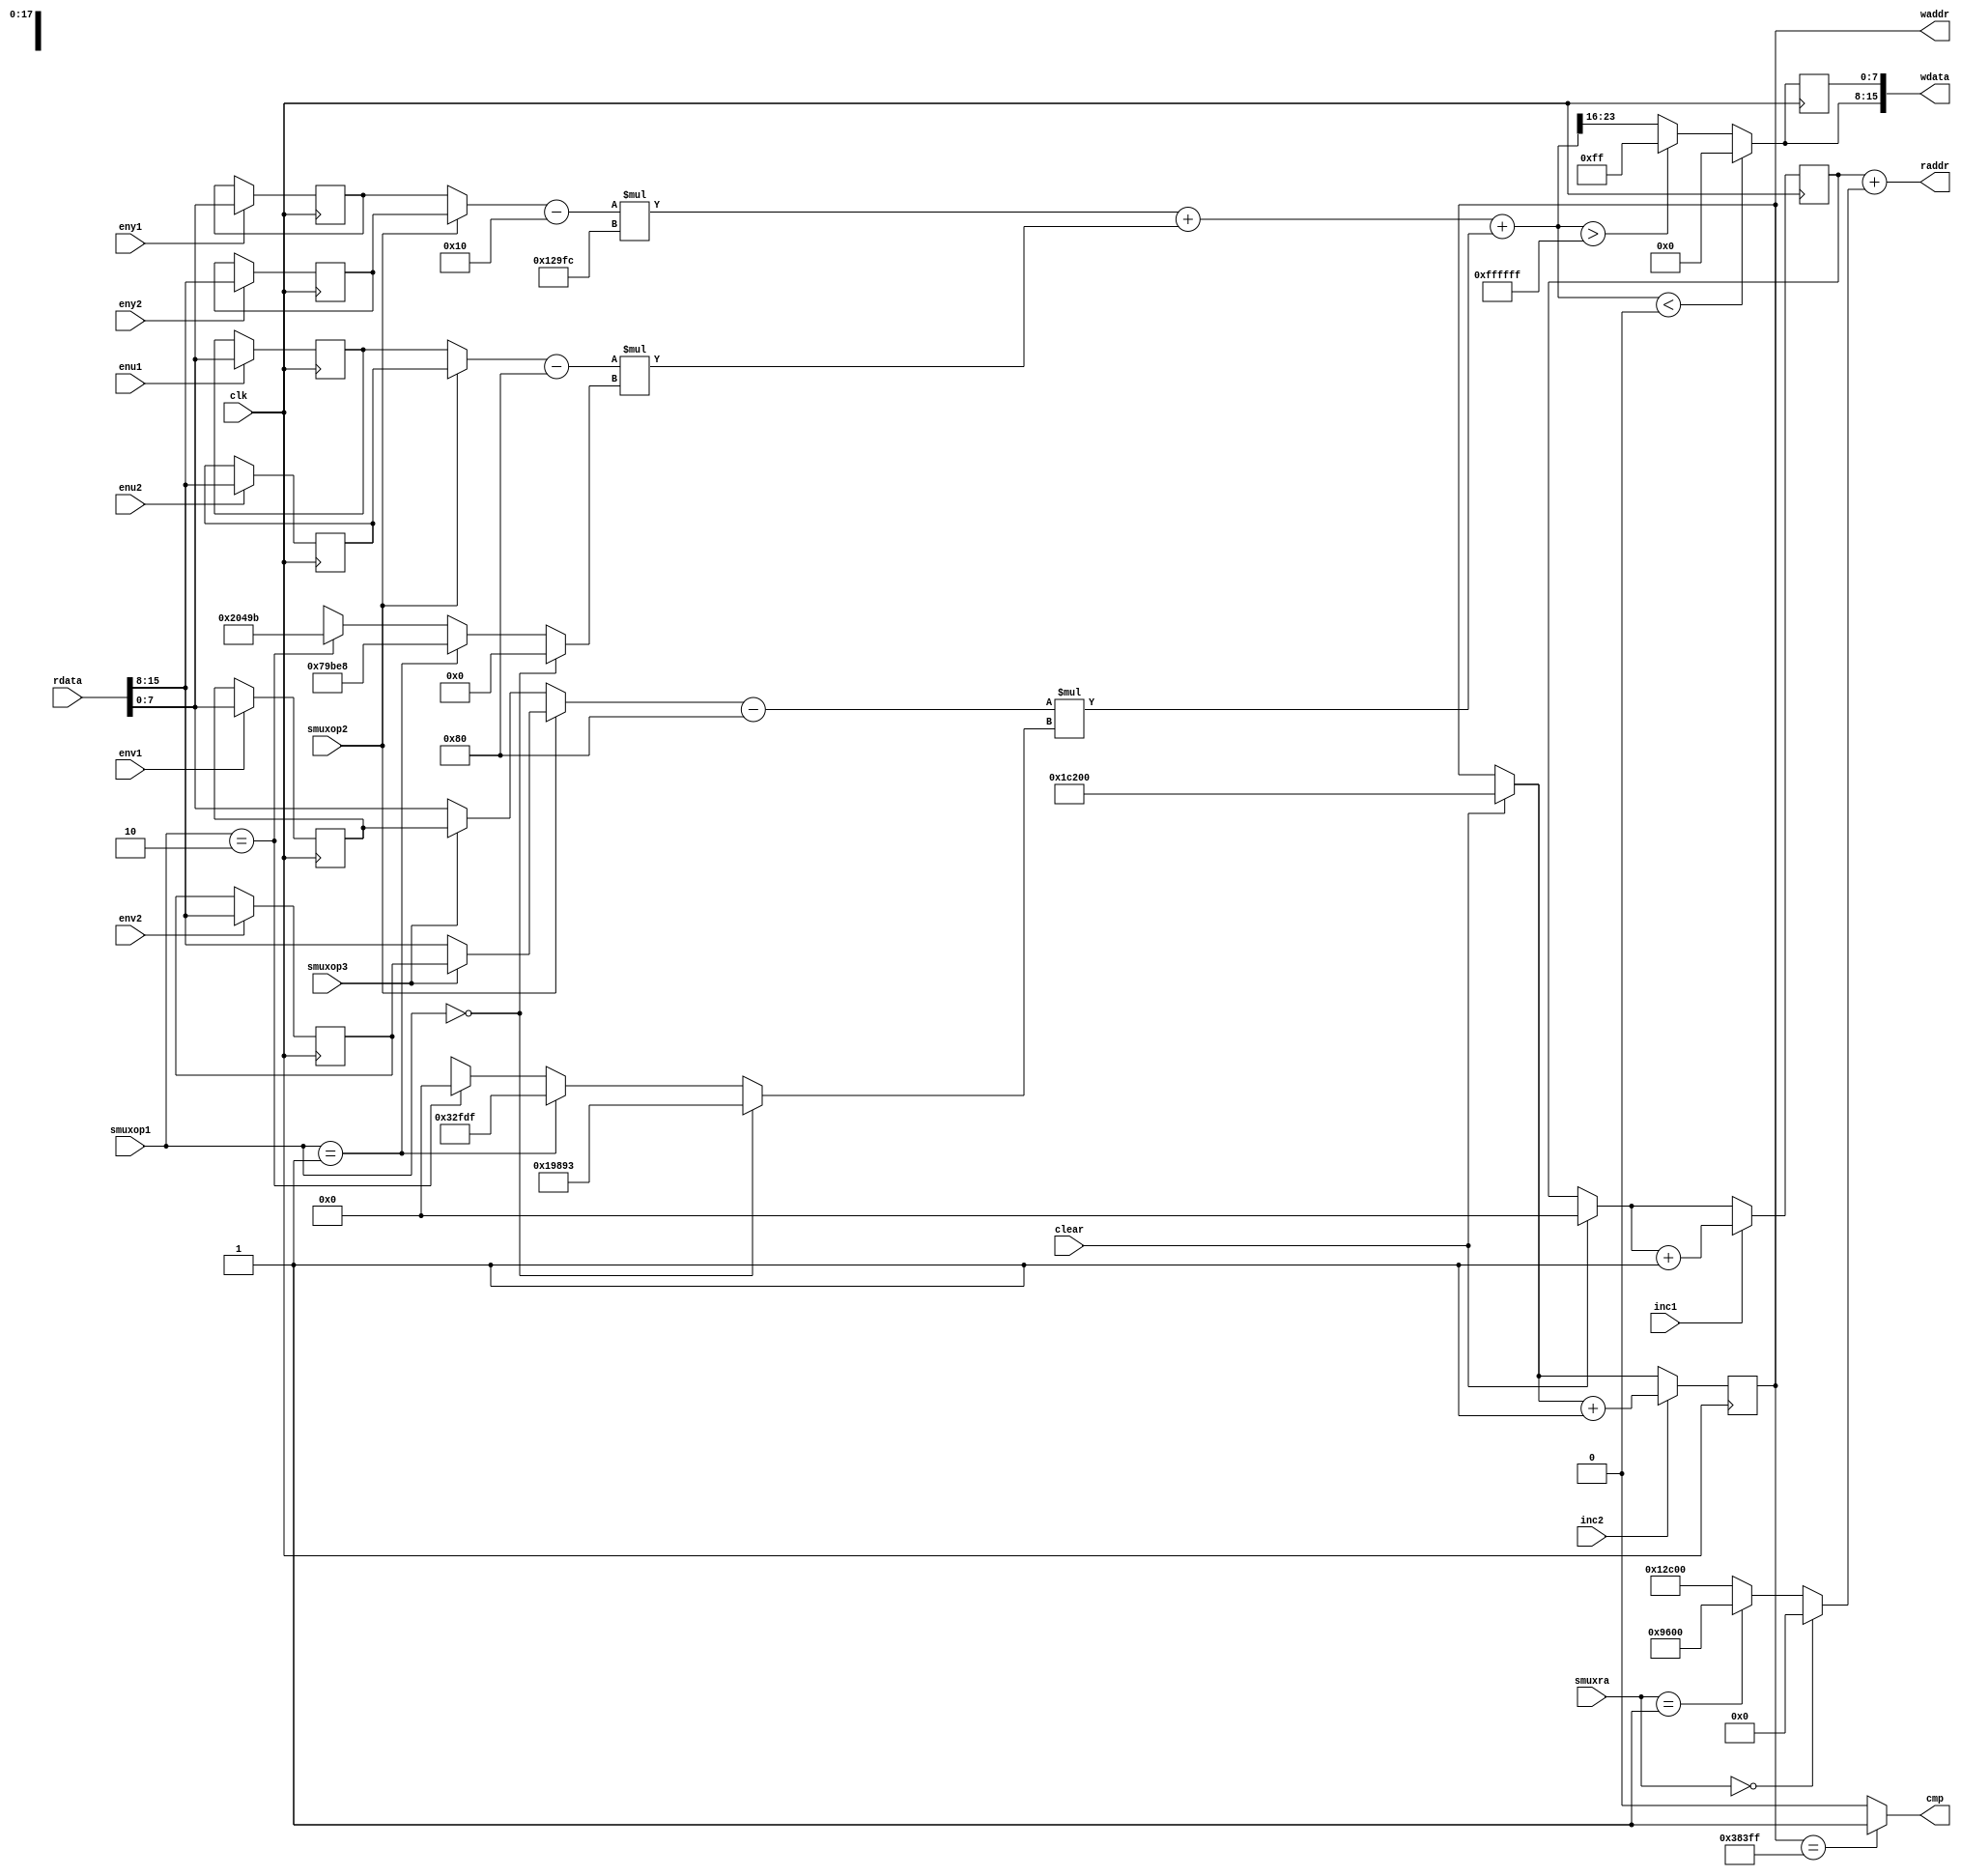
// `default_nettype none

module yuv_to_rgb_datapath#(
	parameter WRITE_ADDR_BASE = 115200,
	parameter READ_ADDR_BASE = 0,
	parameter W = 320,
	parameter H = 240
)
(
	input wire clk,
	input wire clear,
	input wire[15:0] rdata,
	input wire eny1,
	input wire enu1,
	input wire env1,
	input wire eny2,
	input wire enu2,
	input wire env2,
	input wire[1:0] smuxra,
	input wire[1:0] smuxop1,
	input wire smuxop2,
	input wire smuxop3,
	input wire inc1,
	input wire inc2,
	output wire cmp,
	output wire[17:0] waddr,
	output wire[15:0] wdata,
	output wire[17:0] raddr
);

	reg[7:0] y1, u1, v1;
	reg[7:0] y2, u2, v2;
	reg[7:0] dummy;
	wire[7:0] res;
	reg[17:0] cnt1 = 0;
	reg[17:0] cnt2 = 0;
	wire[17:0] offset ;
	
	wire[7:0] sv1;
	wire[7:0] sv2;
	
	wire signed[8:0] yout;
	wire signed[8:0] uout;
	wire signed[8:0] vout;
	
	wire signed[9:0] outsy;
	wire signed[9:0] outsu;
	wire signed[9:0] outsv;
	
	wire signed[25:0] outmy;
	wire signed[18:0] outmu1;
	wire signed[25:0] outmu;
	wire signed[17:0] outmv1;
	wire signed[25:0] outmv;
	wire signed[25:0] fsum;
	
	
	always @(posedge clk) begin
		if (clear) begin
			cnt1 = READ_ADDR_BASE;
			cnt2 = WRITE_ADDR_BASE;
		end
		if (eny1 == 1'b1) 
			y1 = rdata[7:0];
		if (enu1 == 1'b1)
			u1 = rdata[7:0];
		if (env1 == 1'b1)
			v1 = rdata[7:0];
		if (eny2 == 1'b1)
			y2 = rdata[15:8];
		if (enu2 == 1'b1)
			u2 = rdata[15:8];
		if (env2 == 1'b1)
			v2 = rdata[15:8];
			
		if (inc1)
			cnt1 = cnt1 + 1;
			
		if (inc2)
			cnt2 = cnt2 + 1;
		
		dummy = res;
	end
	
	assign offset = (smuxra == 2'b00) ? 0 :
			       (smuxra == 2'b01) ? W*H/2 : W*H; // Add 38400 and 76800
	assign raddr = cnt1 + offset;
	
	assign waddr = cnt2;
	
	assign cmp = (cnt2 == (WRITE_ADDR_BASE + W*H*3/2 -1)) ? 1'b1 : 1'b0;
	
	
	
	assign sv1 = (smuxop3 == 1'b1) ? v1 : rdata[7:0];
	assign sv2 = (smuxop3 == 1'b1) ? v2 : rdata[15:8];
	
	assign yout = (smuxop2 == 1'b1) ? y2 : y1;
	assign uout = (smuxop2 == 1'b1) ? u2 : u1;
	assign vout = (smuxop2 == 1'b1) ? sv2 : sv1;
	
	assign outsy = yout - 16;
	assign outsu = uout - 128;
	assign outsv = vout - 128;
	
	assign outmy = outsy * 76284;
	assign outmu1 = (smuxop1 == 2'b00) ? 0 :
				   (smuxop1 == 2'b01) ?  -25624 :
				   (smuxop1 == 2'b10) ? 132251 : 30'bx;

	assign outmu = (outsu) * outmu1;

	assign outmv1 = (smuxop1 == 2'b00) ? 104595 :
				   (smuxop1 == 2'b01) ? -53281 :
				   (smuxop1 == 2'b10) ? 0 : 30'bx;
	
	assign outmv = outsv * outmv1;
	assign fsum = outmy + outmu + outmv;
	assign res = (fsum < 0		 ) ? 8'b00000000 :
				 (fsum > 16777215) ? 8'b11111111 : fsum[23:16];
	
	assign wdata = {res, dummy};
	
	
	
endmodule